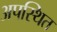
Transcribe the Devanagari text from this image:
अपस्थित